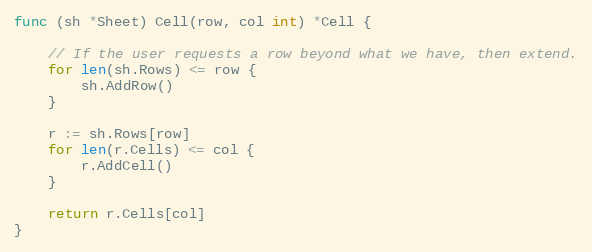
Language: Go
func (sh *Sheet) Cell(row, col int) *Cell {

	// If the user requests a row beyond what we have, then extend.
	for len(sh.Rows) <= row {
		sh.AddRow()
	}

	r := sh.Rows[row]
	for len(r.Cells) <= col {
		r.AddCell()
	}

	return r.Cells[col]
}